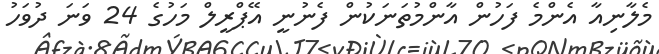
މެލާނިއާ އެންމެ ފަހުން އާންމުތަނަކުން ފެނުނީ އޭޕްރީލް މަހުގެ 24 ވަނަ ދުވަހު